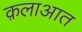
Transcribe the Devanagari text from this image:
क़लाआत